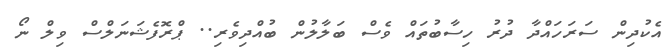
އެކުދިން ސަރަހައްދާ ދުރު ހިސާބުތައް ވެސް ބަލާލުން ބުއްދިވެރި.. ޕްރޮފެޝަނަލްސް ވިލް ނޯ